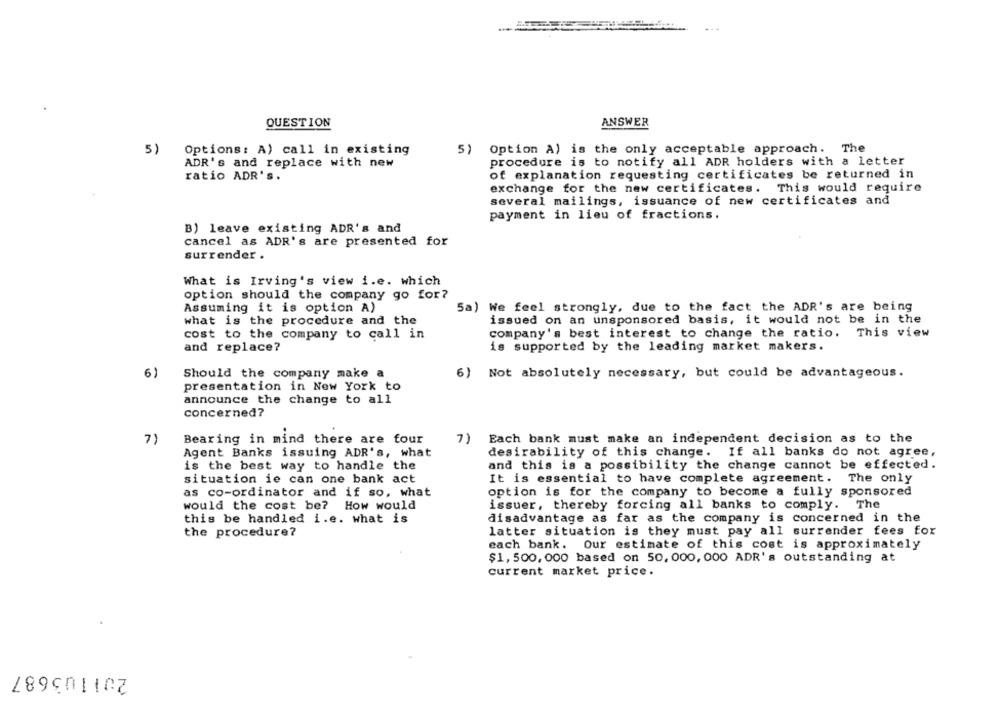
QUESTION
ANSWER
5)
Options: A) call in existing
5) Option A) is the only acceptable approach. The
ADR's and replace with new
procedure is to notify all ADR holders with a letter
ratio ADR'S.
of explanation requesting certificates be returned in
exchange for the new certificates. This would require
several mailings, issuance of new certificates and
payment in lieu of fractions.
B) leave existing ADR's and
cancel as ADR's are presented for
surrender .
What is Irving's view i.e. which
option should the company go for?
Assuming it is option A)
5a) We feel strongly, due to the fact the ADR's are being
what is the procedure and the
issued on an unsponsored basis, it would not be in the
company's best interest to change the ratio. This view
cost to the company to call in
and replace?
is supported by the leading market makers.
6)
Should the company make a
6) Not absolutely necessary, but could be advantageous.
presentation in New York to
announce the change to all
concerned?
7)
Bearing in mind there are four
7)
Each bank must make an independent decision as to the
Agent Banks issuing ADR's, what
desirability of this change. If all banks do not agree,
is the best way to handle the
and this is a possibility the change cannot be effected.
situation ie can one bank act
It is essential to have complete agreement. The only
as co-ordinator and if so, what
option is for the company to become a fully sponsored
would the cost be? How would
issuer, thereby forcing all banks to comply. The
this be handled i.e. what is
disadvantage as far as the company is concerned in the
the procedure?
latter situation is they must pay all surrender fees for
each bank. Our estimate of this cost is approximately
$1, 500, 000 based on 50, 000, 000 ADR's outstanding at
current market price.
201103687